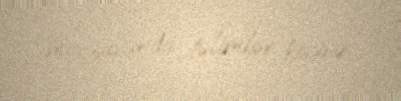
mövzusunda təlimlər keçirir.